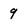
Character: 9